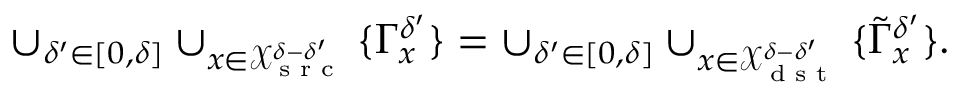
\cup _ { \delta ^ { \prime } \in [ 0 , \delta ] } \cup _ { x \in \mathcal { X } _ { \textrm { s r c } } ^ { \delta - \delta ^ { \prime } } } \{ \Gamma _ { x } ^ { \delta ^ { \prime } } \} = \cup _ { \delta ^ { \prime } \in [ 0 , \delta ] } \cup _ { x \in \mathcal { X } _ { \textrm { d s t } } ^ { \delta - \delta ^ { \prime } } } \{ \tilde { \Gamma } _ { x } ^ { \delta ^ { \prime } } \} .